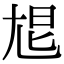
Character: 㞁